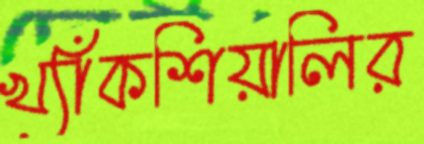
খ্যাঁকশিয়ালির